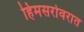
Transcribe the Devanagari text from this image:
हिमसरोवरात